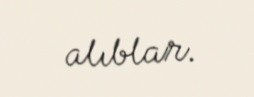
alıblar.